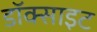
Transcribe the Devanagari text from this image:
डॉक्साइट